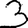
Digit: 3